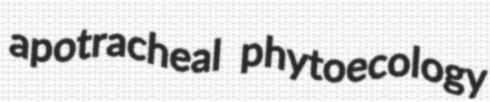
apotracheal phytoecology